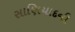
સાણિયાદની